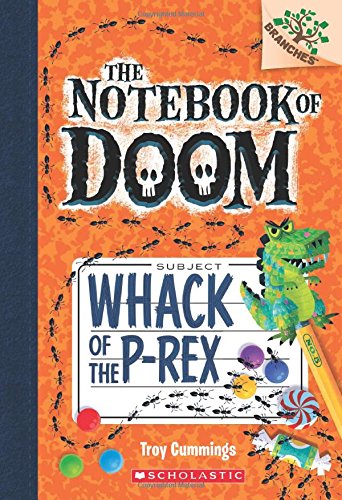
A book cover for The Notebook of Doom #5: Whack of the P-Rex (A Branches Book); Troy Cummings; Children's Books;